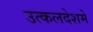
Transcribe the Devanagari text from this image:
उत्कलदेशमे